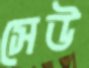
সেউ